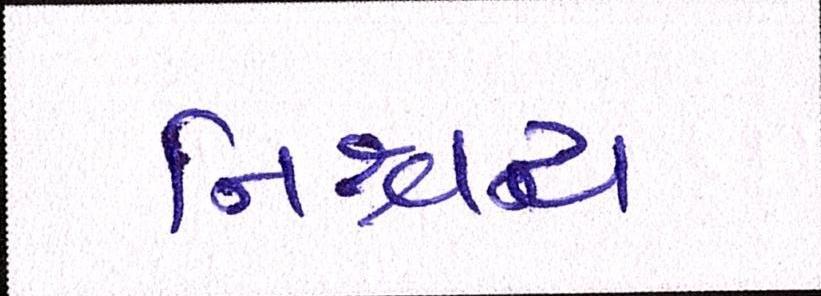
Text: નિશ્ચય